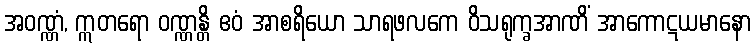
အဝဏ္ဏံ, ဣတရော ဝဏ္ဏန္တိ ဧဝံ အာစရိယော သာရဖလကေ ဝိသရုက္ခအာဏိံ အာကောဋယမာနော